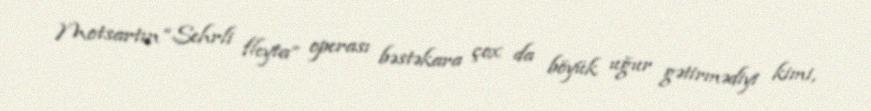
Motsartın “Sehrli fleyta” operası bəstəkara çox da böyük uğur gətirmədiyi kimi,